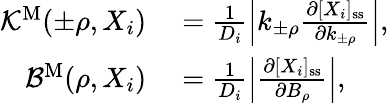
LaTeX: \begin{array}{rl}{{\mathcal K}^{\mathrm{M}}(\pm\rho,X_{i})}&{{}=\frac{1}{D_{i}}\left|k_{\pm\rho}\frac{\partial[X_{i}]_{\mathrm{ss}}}{\partial k_{\pm\rho}}\right|,}\\ {{\mathcal B}^{\mathrm{M}}(\rho,X_{i})}&{{}=\frac{1}{D_{i}}\left|\frac{\partial[X_{i}]_{\mathrm{ss}}}{\partial B_{\rho}}\right|,}\end{array}